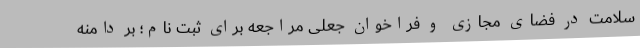
سلامت در فضای مجازی و فراخوان جعلی مراجعه برای ثبت نام؛ بر دامنه